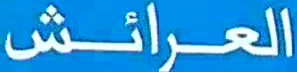
العرائش